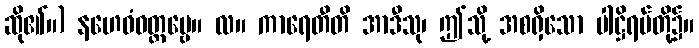
ဆို၏။) နဟေဝံဝတ္တဗ္ဗေ။ လ။ ကာရေတီတိ အာဒီသု၊ ဤသို့ အစရှိသော ပါဋ္ဌိရပ်တို့၌။